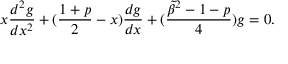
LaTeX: x { \frac { d ^ { 2 } g } { d x ^ { 2 } } } + ( { \frac { 1 + p } { 2 } } - x ) { \frac { d g } { d x } } + ( { \frac { { \tilde { \beta } } ^ { 2 } - 1 - p } { 4 } } ) g = 0 .